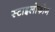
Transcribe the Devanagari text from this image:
स्टाइलोफोन